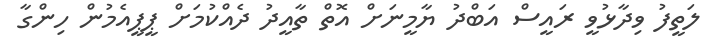
ލަތީފު ވިދާޅުވީ ރައީސް އަބްދު ޔާމީނަށް އޮތް ތާއީދު ދެއްކުމަށް ޕީޕީއެމުން ހިންގާ